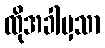
ထိုအခါမှသာ